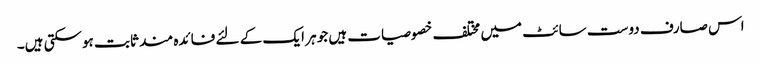
اس صارف دوست سائٹ میں مختلف خصوصیات ہیں جو ہر ایک کے لئے فائدہ مند ثابت ہوسکتی ہیں۔